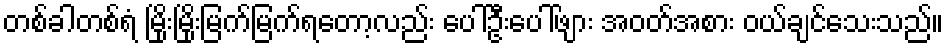
တစ်ခါတစ်ရံ မြိုးမြိုးမြက်မြက်ရတော့လည်း ပေါ်ဦးပေါ်ဖျား အဝတ်အစား ဝယ်ချင်သေးသည်။